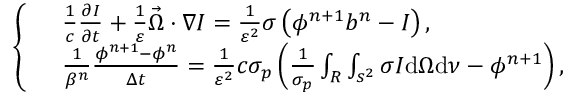
\left\{ \begin{array} { r l } & { \frac { 1 } { c } \frac { \partial I } { \partial t } + \frac { 1 } { \varepsilon } \vec { \Omega } \cdot \nabla I = \frac { 1 } { \varepsilon ^ { 2 } } \sigma \left( \phi ^ { n + 1 } b ^ { n } - I \right) , } \\ & { \frac { 1 } { \beta ^ { n } } \frac { \phi ^ { n + 1 } - \phi ^ { n } } { \Delta t } = \frac { 1 } { \varepsilon ^ { 2 } } c \sigma _ { p } \left( \frac { 1 } { \sigma _ { p } } \int _ { R } \int _ { s ^ { 2 } } \sigma I \mathrm { d } \Omega \mathrm { d } \nu - \phi ^ { n + 1 } \right) , } \end{array} \right.